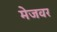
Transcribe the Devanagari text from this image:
मेजवर